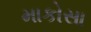
માકોસા